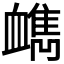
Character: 𧗔